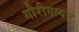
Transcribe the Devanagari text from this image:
गौरीगायन